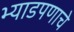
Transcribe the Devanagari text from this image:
भ्याडपणाचे